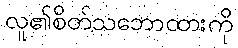
လူ၏စိတ်သဘောထားကို